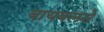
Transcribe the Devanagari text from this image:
बायबलने